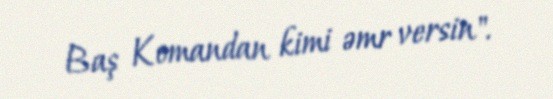
Baş Komandan kimi əmr versin".